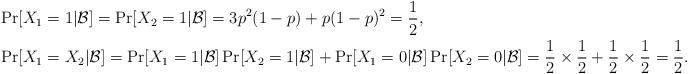
LaTeX: \begin{align*}&\Pr[X_1=1|\mathcal{B}]=\Pr[X_2=1|\mathcal{B}]=3p^2(1-p)+p(1-p)^2=\frac{1}{2},\\&\Pr[X_1=X_2|\mathcal{B}]=\Pr[X_1=1|\mathcal{B}]\Pr[X_2=1|\mathcal{B}]+\Pr[X_1=0|\mathcal{B}]\Pr[X_2=0|\mathcal{B}]=\frac{1}{2}\times\frac{1}{2}+\frac{1}{2}\times\frac{1}{2}=\frac{1}{2}. \\\end{align*}